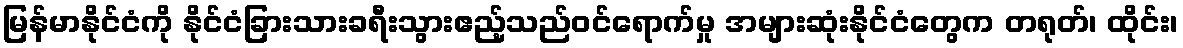
မြန်မာနိုင်ငံကို နိုင်ငံခြားသားခရီးသွားဧည့်သည်ဝင်ရောက်မှု အများဆုံးနိုင်ငံတွေက တရုတ်၊ ထိုင်း၊